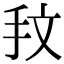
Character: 𢪖